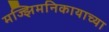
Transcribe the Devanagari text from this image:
मज्झिमनिकायाच्या